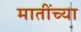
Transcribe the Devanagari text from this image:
मातींच्या